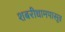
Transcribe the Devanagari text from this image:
शबरीधामपासूव